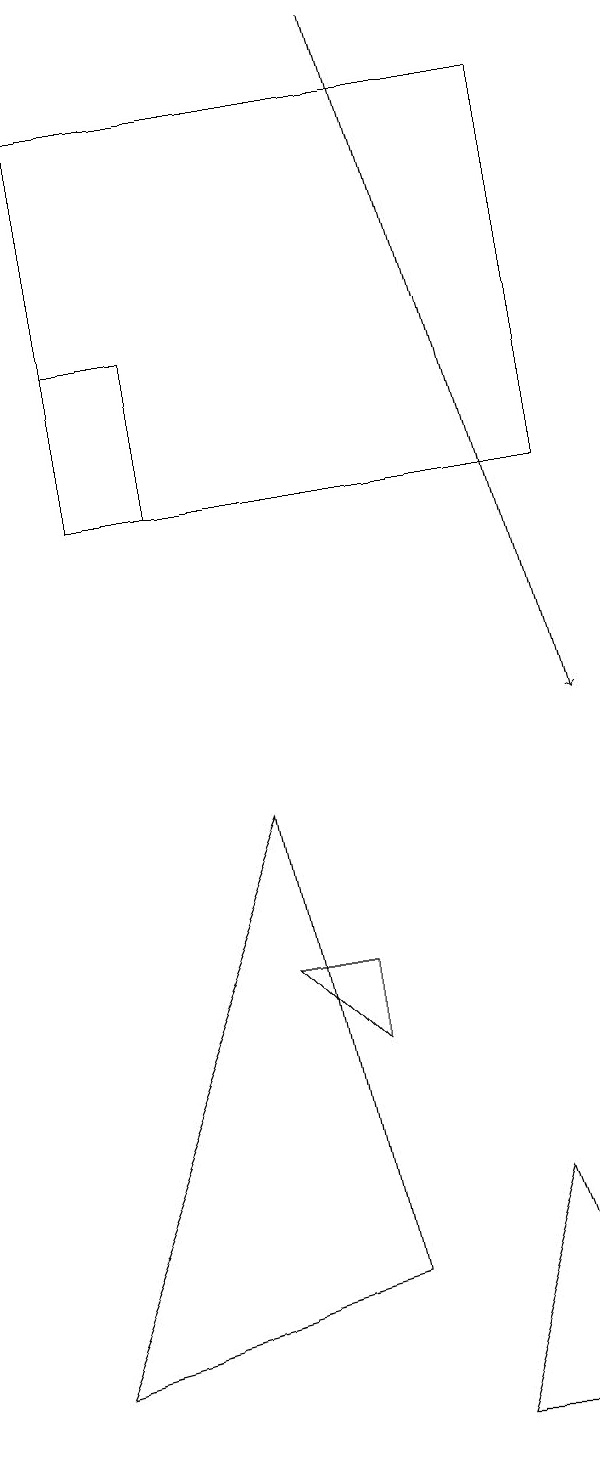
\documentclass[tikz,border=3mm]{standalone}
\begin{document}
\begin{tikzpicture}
\draw (4,7) -- (4,6) -- (3,7) -- cycle;
\draw (3,9) -- (0,2) -- (4,3) -- cycle;
\draw (7,1) -- (5,1) -- (6,4) -- cycle;
\draw[->] (5,19) -- (7,10);
\draw (7,18) rectangle (1,13);
\draw (1,13) rectangle (2,15);
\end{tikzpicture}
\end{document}